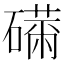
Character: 𥕾